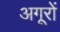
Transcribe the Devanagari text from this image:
अगूरों